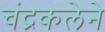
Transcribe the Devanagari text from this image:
चंद्रकलेने